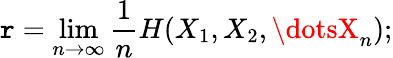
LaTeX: \mathtt{r}=\operatorname*{lim}_{n\to\infty}{\frac{{1}}{{n}}}H(X_{1},X_{2},\dotsX_{n});